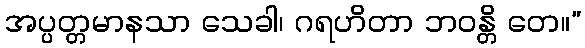
အပ္ပတ္တမာနသာ သေခါ၊ ဂရဟိတာ ဘဝန္တိ တေ။”